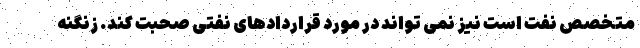
متخصص نفت است نیز نمی تواند در مورد قراردادهای نفتی صحبت کند. زنگنه